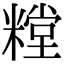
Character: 糛